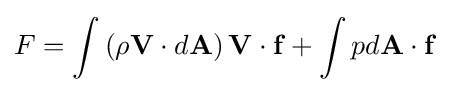
F=\int \left(\rho \mathbf {V} \cdot d\mathbf {A} \right)\mathbf {V} \cdot \mathbf {f} +\int pd\mathbf {A} \cdot \mathbf {f}